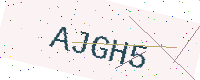
Text: AJGH5